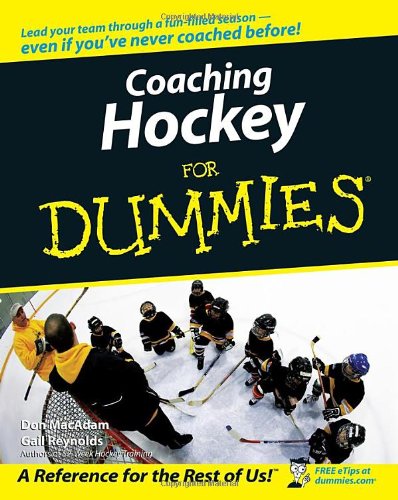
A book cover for Coaching Hockey For Dummies; Don MacAdam; Sports & Outdoors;